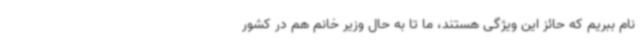
نام ببریم که حائز این ویژگی هستند، ما تا به حال وزیر خانم هم در کشور